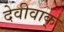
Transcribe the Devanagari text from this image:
देवीवाक्‌